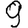
Digit: 9